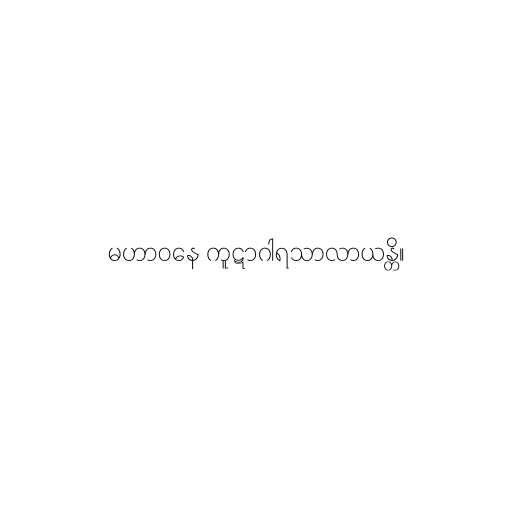
မဟာဝနေ ကူဋာဂါရသာလာယန္တိ။